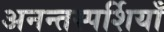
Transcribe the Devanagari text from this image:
अनन्तस्पर्शियाँ